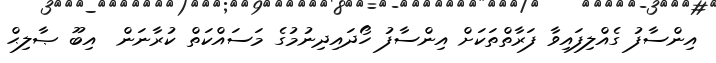
އިންސާފު ގެއްލިފައިވާ ފަރާތްތަަކަށް އިންސާފު ހޯދައިދިނުމުގެ މަސައްކަތް ކުރާނަން  އިބޫ ޞާލިޙް